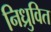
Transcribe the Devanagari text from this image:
निध्रुवित